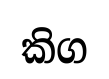
කිග